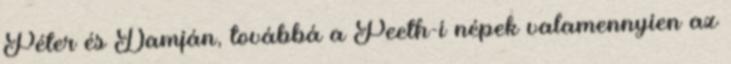
Péter és Damján, továbbá a Peeth-i népek valamennyien az